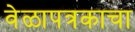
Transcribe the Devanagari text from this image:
वेळापत्रकाचा